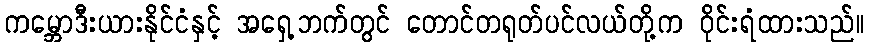
ကမ္ဘောဒီးယားနိုင်ငံနှင့် အရှေ့ဘက်တွင် တောင်တရုတ်ပင်လယ်တို့က ဝိုင်းရံထားသည်။